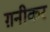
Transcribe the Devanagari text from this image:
ग़नीकर